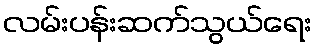
လမ်းပန်းဆက်သွယ်ရေး